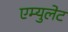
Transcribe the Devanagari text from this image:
एम्युलेट